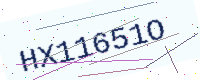
Text: HX11651O